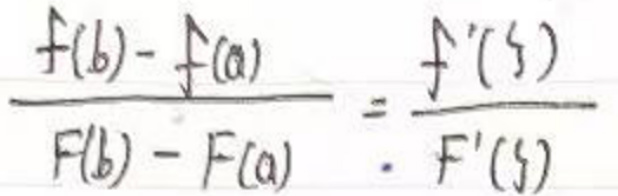
\(\frac{f(b)-f(a)}{F(b)-F(a)}=\frac{f'(s)}{F'(s)}\)